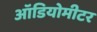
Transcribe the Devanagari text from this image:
ऑडियोमीटर